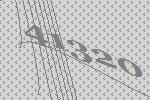
41320